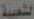
الشعبية